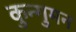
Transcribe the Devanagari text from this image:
कुन्गुमन